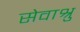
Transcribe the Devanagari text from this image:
सेवाश्रु